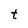
Character: t